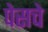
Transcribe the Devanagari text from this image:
पेसचे